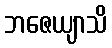
ဘဇေယျာသိ